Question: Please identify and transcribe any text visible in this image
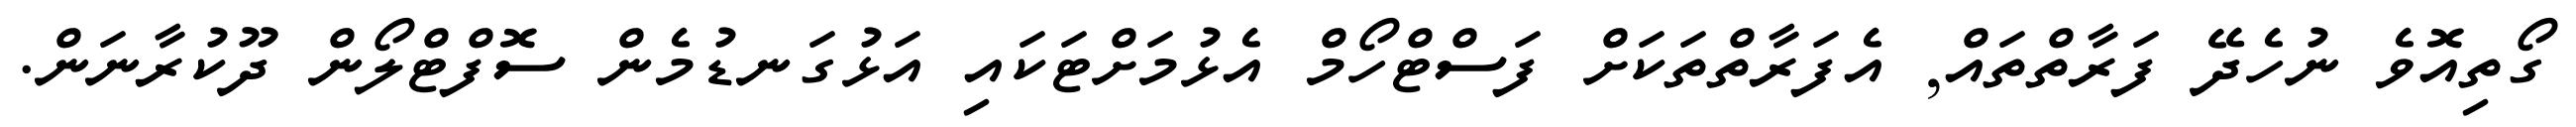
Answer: ގޯތިއޮވެ ނުހެދޭ ފަރާތްތައް, އެފަރާތްތަކަށް ފަސްޓްހޯމް އެޅުމަށްޓަކައި އަޅުގަނޑުމެން ސޮފްޓްލޯން ދޫކުރާނަން.